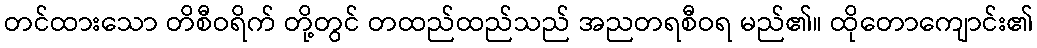
တင်ထားသော တိစီဝရိက် တို့တွင် တထည်ထည်သည် အညတရစီဝရ မည်၏။ ထိုတောကျောင်း၏